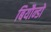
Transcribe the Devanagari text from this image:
बियौन्डो